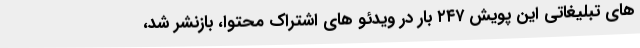
های تبلیغاتی این پویش ۲۴۷ بار در ویدئو های اشتراک محتوا، بازنشر شد،